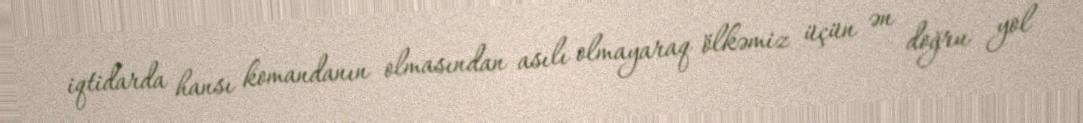
iqtidarda hansı komandanın olmasından asılı olmayaraq ölkəmiz üçün ən doğru yol